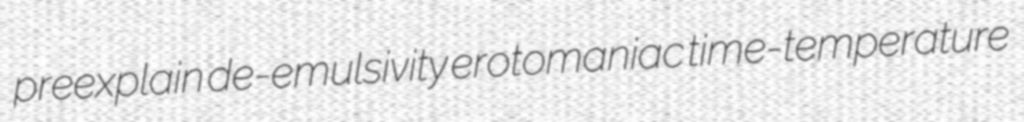
preexplain de-emulsivity erotomaniac time-temperature